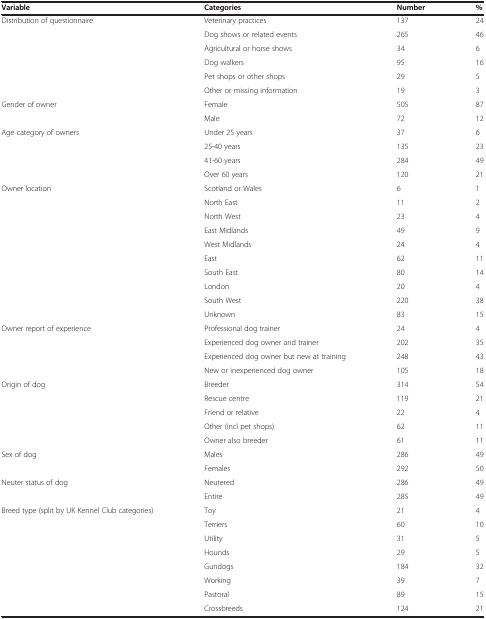
<table><thead><tr><td><b>Variable</b></td><td><b>Categories</b></td><td><b>Number</b></td><td><b>%</b></td></tr></thead><tbody><tr><td rowspan="6">Distribution of questionnaire</td><td>Veterinary practices</td><td>137</td><td>24</td></tr><tr><td>Dog shows or related events</td><td>265</td><td>46</td></tr><tr><td>Agricultural or horse shows</td><td>34</td><td>6</td></tr><tr><td>Dog walkers</td><td>95</td><td>16</td></tr><tr><td>Pet shops or other shops</td><td>29</td><td>5</td></tr><tr><td>Other or missing information</td><td>19</td><td>3</td></tr><tr><td>Gender of owner</td><td>Female</td><td>505</td><td>87</td></tr><tr><td> </td><td>Male</td><td>72</td><td>12</td></tr><tr><td rowspan="4">Age category of owners</td><td>Under 25 years</td><td>37</td><td>6</td></tr><tr><td>25-40 years</td><td>135</td><td>23</td></tr><tr><td>41-60 years</td><td>284</td><td>49</td></tr><tr><td>Over 60 years</td><td>120</td><td>21</td></tr><tr><td rowspan="10">Owner location</td><td>Scotland or Wales</td><td>6</td><td>1</td></tr><tr><td>North East</td><td>11</td><td>2</td></tr><tr><td>North West</td><td>23</td><td>4</td></tr><tr><td>East Midlands</td><td>49</td><td>9</td></tr><tr><td>West Midlands</td><td>24</td><td>4</td></tr><tr><td>East</td><td>62</td><td>11</td></tr><tr><td>South East</td><td>80</td><td>14</td></tr><tr><td>London</td><td>20</td><td>4</td></tr><tr><td>South West</td><td>220</td><td>38</td></tr><tr><td>Unknown</td><td>83</td><td>15</td></tr><tr><td rowspan="4">Owner report of experience</td><td>Professional dog trainer</td><td>24</td><td>4</td></tr><tr><td>Experienced dog owner and trainer</td><td>202</td><td>35</td></tr><tr><td>Experienced dog owner but new at training</td><td>248</td><td>43</td></tr><tr><td>New or inexperienced dog owner</td><td>105</td><td>18</td></tr><tr><td rowspan="5">Origin of dog</td><td>Breeder</td><td>314</td><td>54</td></tr><tr><td>Rescue centre</td><td>119</td><td>21</td></tr><tr><td>Friend or relative</td><td>22</td><td>4</td></tr><tr><td>Other (incl pet shops)</td><td>62</td><td>11</td></tr><tr><td>Owner also breeder</td><td>61</td><td>11</td></tr><tr><td rowspan="2">Sex of dog</td><td>Males</td><td>286</td><td>49</td></tr><tr><td>Females</td><td>292</td><td>50</td></tr><tr><td rowspan="2">Neuter status of dog</td><td>Neutered</td><td>286</td><td>49</td></tr><tr><td>Entire</td><td>285</td><td>49</td></tr><tr><td>Breed type (split by UK Kennel Club categories)</td><td>Toy</td><td>21</td><td>4</td></tr><tr><td> </td><td>Terriers</td><td>60</td><td>10</td></tr><tr><td> </td><td>Utility</td><td>31</td><td>5</td></tr><tr><td> </td><td>Hounds</td><td>29</td><td>5</td></tr><tr><td> </td><td>Gundogs</td><td>184</td><td>32</td></tr><tr><td> </td><td>Working</td><td>39</td><td>7</td></tr><tr><td> </td><td>Pastoral</td><td>89</td><td>15</td></tr><tr><td> </td><td>Crossbreeds</td><td>124</td><td>21</td></tr></tbody></table>